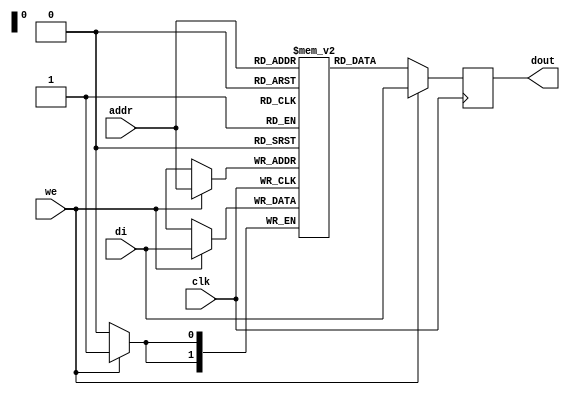

module rams_sp_wf_4x2 (clk, we, addr, di, dout);
input clk;
input we;
input [1:0] addr;
input [1:0] di;
output [1:0] dout;

reg [1:0] RAM [3:0];
reg [1:0] dout;



always @(posedge clk)
    begin
        if (we)
        begin
            RAM[addr] <= di;
            dout <= di;
        end
        else
            dout <= RAM[addr];
    end
endmodule